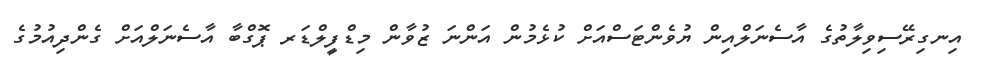
އިނގިރޭސިވިލާތުގެ އާސެނަލްއިން ޔުވެންޓަސްއަށް ކުޅެމުން އަންނަ ޒުވާން މިޑްފީލްޑަރ ޕޮގްބާ އާސެނަލްއަށް ގެންދިއުމުގެ